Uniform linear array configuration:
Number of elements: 8
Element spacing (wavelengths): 0.75
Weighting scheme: cosine
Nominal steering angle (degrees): -60
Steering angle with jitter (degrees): -58.956
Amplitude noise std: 0.05
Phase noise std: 0.05

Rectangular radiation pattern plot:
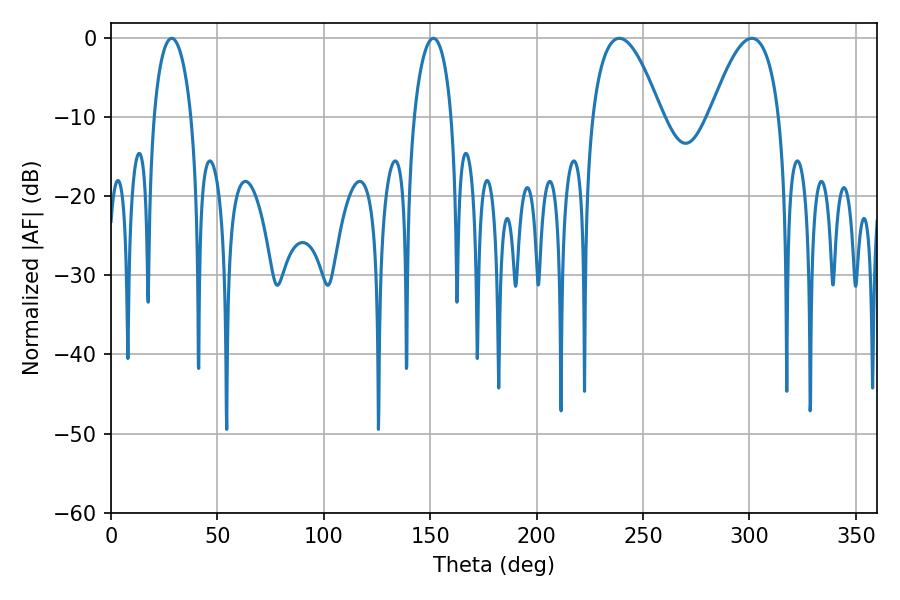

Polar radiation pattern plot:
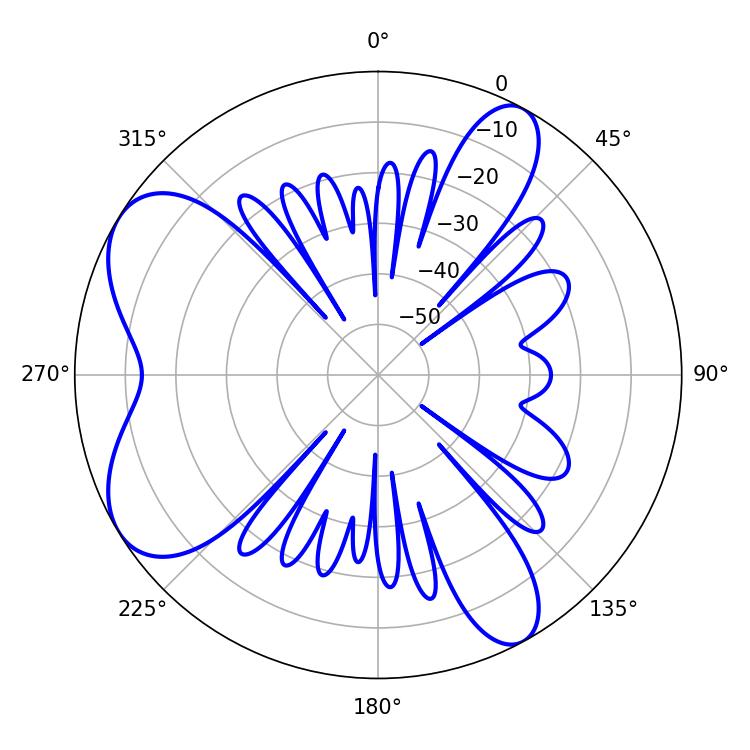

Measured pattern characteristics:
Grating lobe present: TRUE
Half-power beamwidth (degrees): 17.82
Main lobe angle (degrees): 238.86